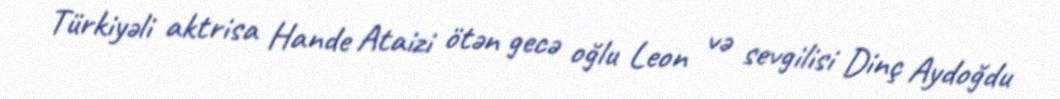
Türkiyəli aktrisa Hande Ataizi ötən gecə oğlu Leon və sevgilisi Dinç Aydoğdu